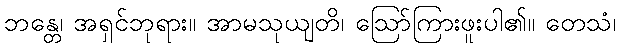
ဘန္တေ၊ အရှင်ဘုရား။ အာမသုယျတိ၊ ဩော်ကြားဖူးပါ၏။ တေသံ၊